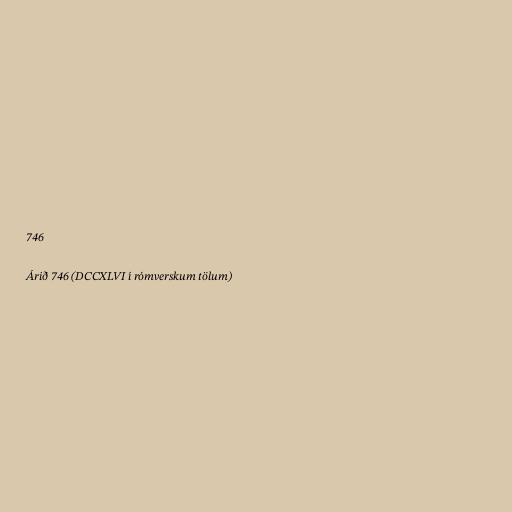
746

Árið 746 (DCCXLVI í rómverskum tölum)